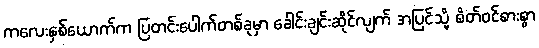
ကလေးနှစ်ယောက်က ပြတင်းပေါက်တစ်ခုမှာ ခေါင်းချင်းဆိုင်လျက် အပြင်သို့ စိတ်ဝင်စားစွာ